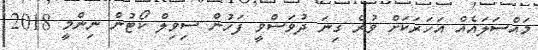
މައްސަލައެއް އަހަރަކަށް ވުރެ ގިނަ ދުވަސްވީ ފަހުން ސިވިލް ކޯޓުން ނިންމީ 2018